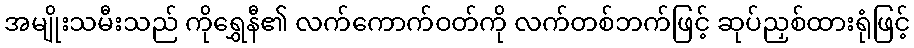
အမျိုးသမီးသည် ကိုရွှေနီ၏ လက်ကောက်ဝတ်ကို လက်တစ်ဘက်ဖြင့် ဆုပ်ညှစ်ထားရုံဖြင့်